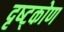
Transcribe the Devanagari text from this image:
दृष्ट्कोण